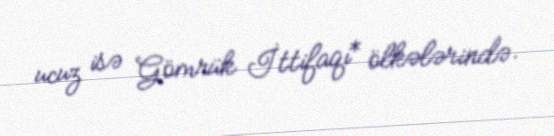
ucuz isə Gömrük İttifaqı* ölkələrində.